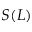
S ( L )